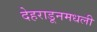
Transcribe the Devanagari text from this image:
देहराडूनमधली